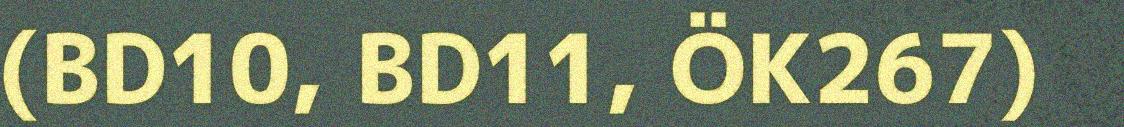
(BD10, BD11, ÖK267)